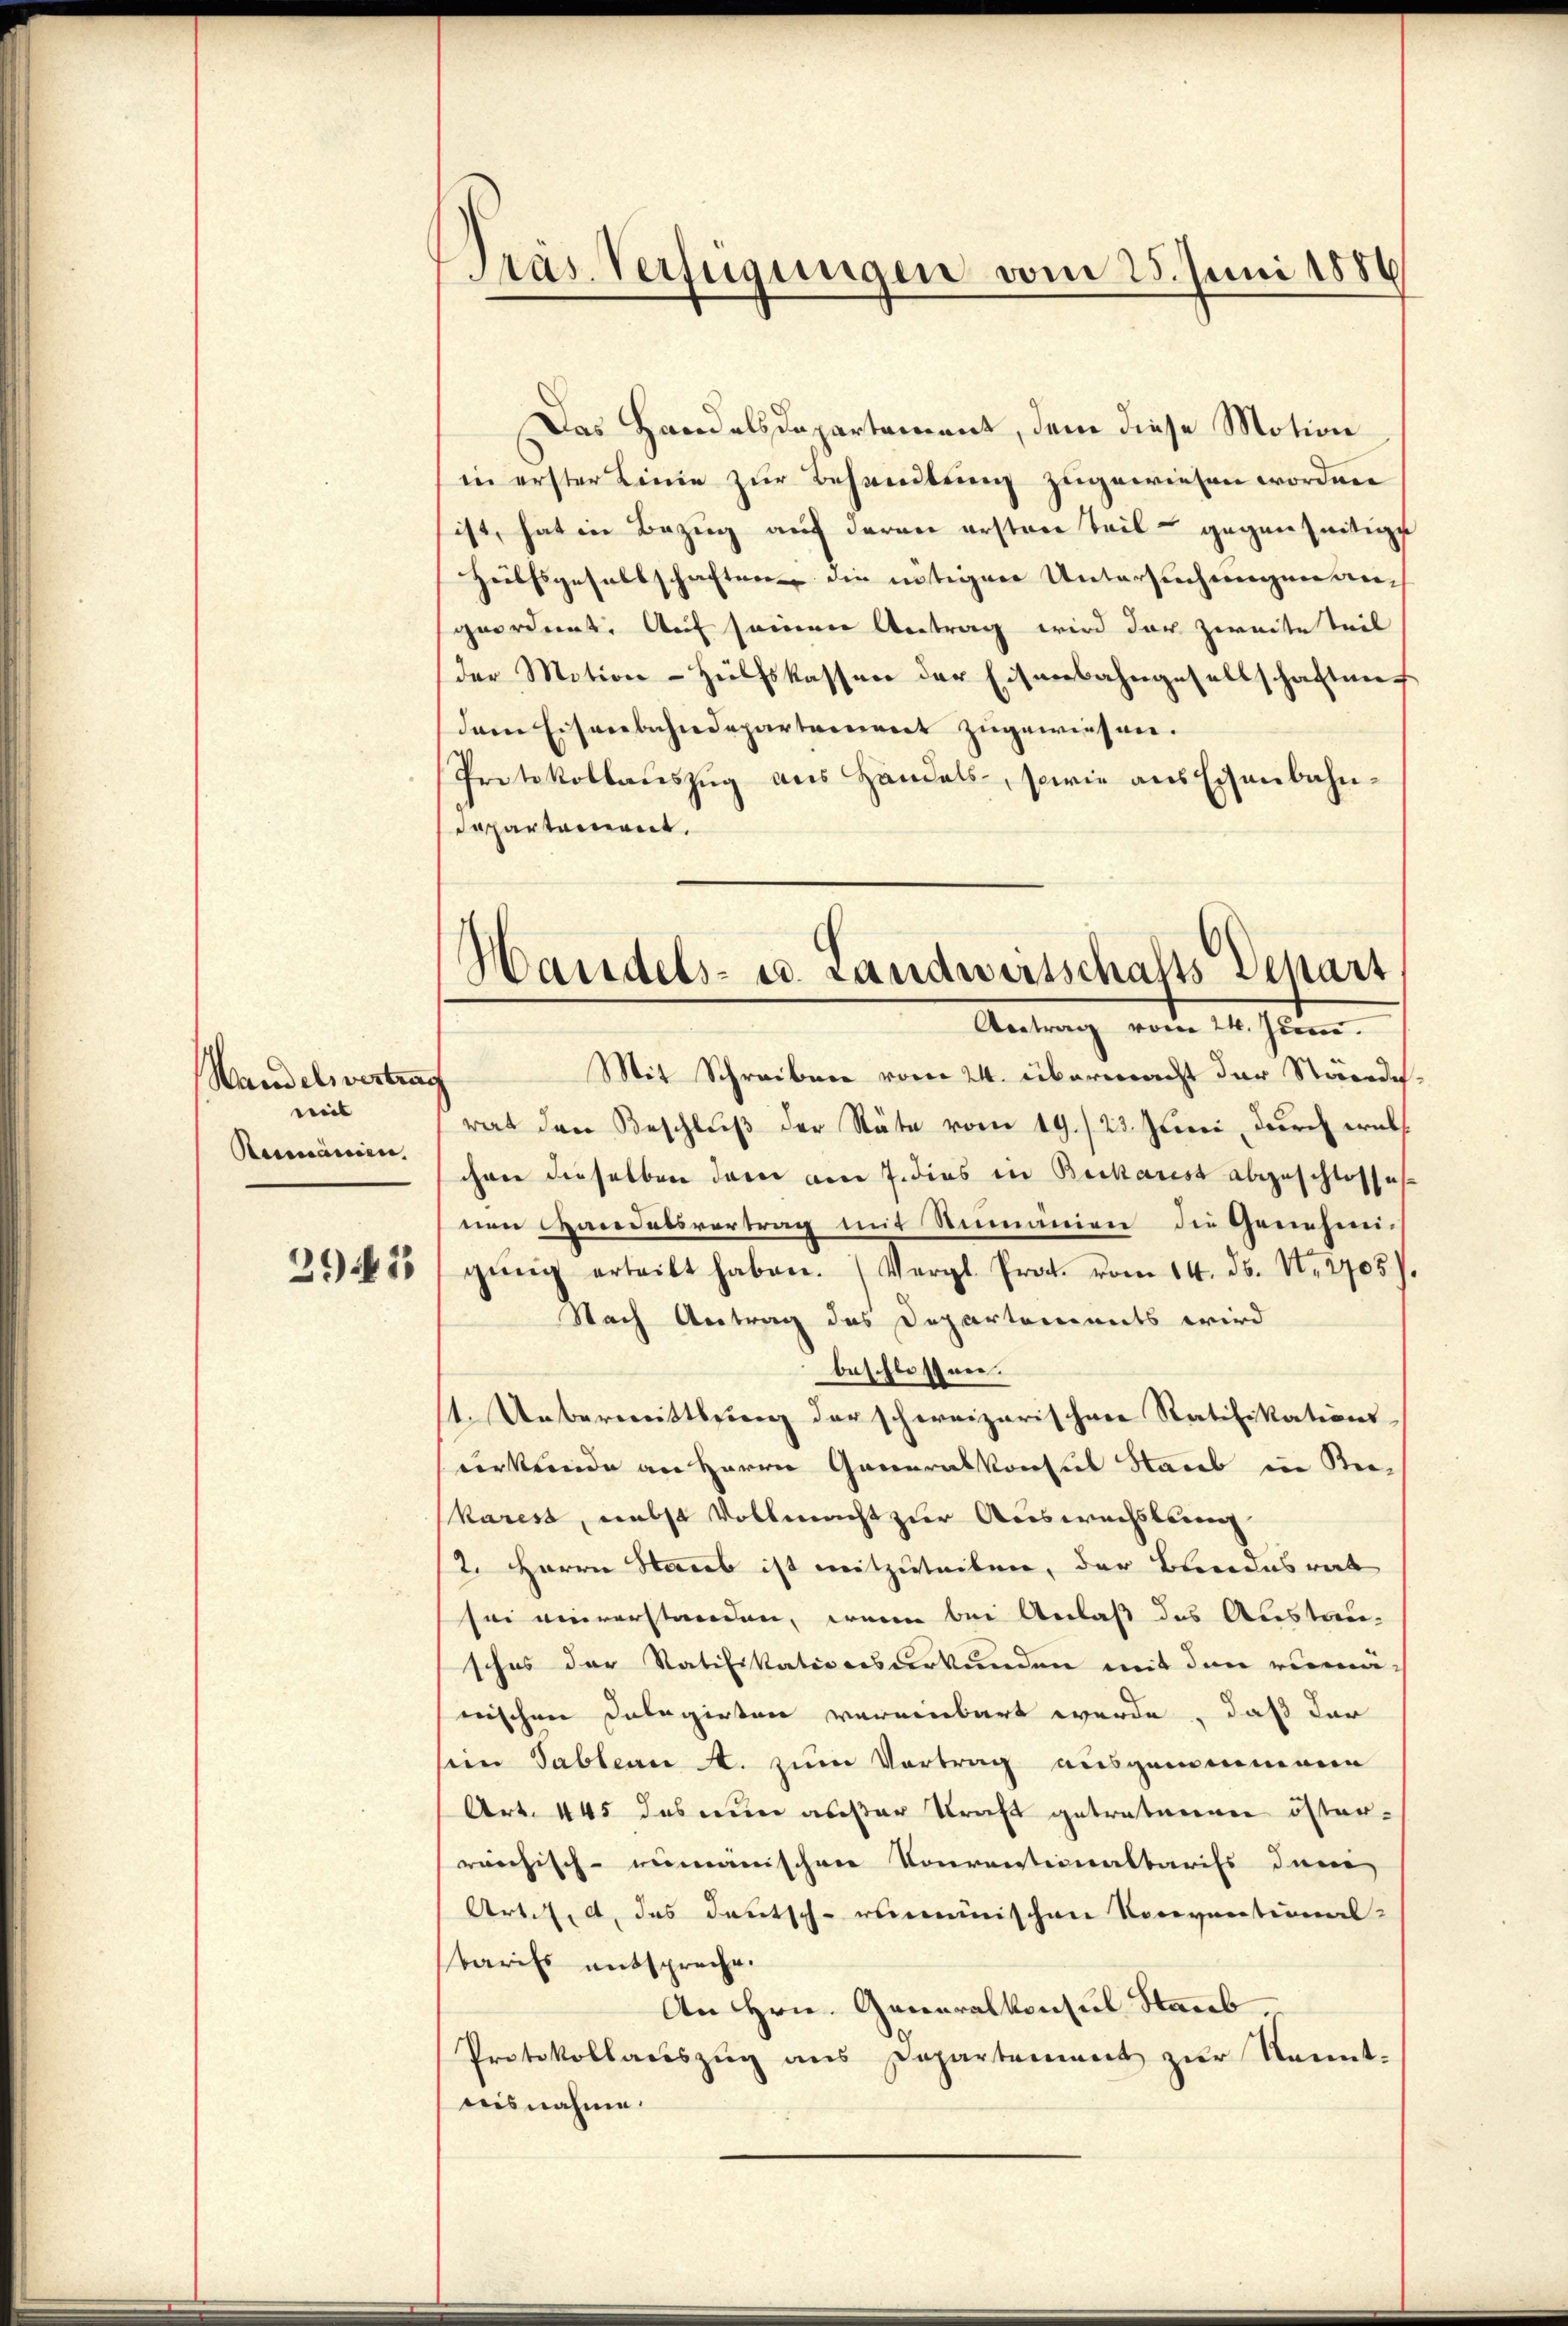
Handelsvertrag
mit
Rumänien.

39441

Pras. Verfügungen vom 25. Juni 1886

Das Handelsdepartement, dem diese Motion
in erster Linie zur Behandlung zugewiesen worden
ist, hat in Bezug auf deren ersten Teil gegenseitige
Hülfsgesellschaften die intigen Untersuchungen angeordnet. Auf seinen Antrag wird der zweite Teil
der Motion Hülfskassen der Eisenbahngesellschaftung
dem Eisenbahndepartement zugewiesen.
Protokollauszug aus Handels, sowie aus Eisenbahndepartament.
Mit Schreiben vom 24. übermacht der Standes-
rat den Beschluß der Stäte vom 19./23. Juni durch wil
chen dieselben dem am 7. dies in Beckarist abgeschlosses
nen Handelsvertrag mit Rumanien die Genehmigŭng erteilt haben. (Vergl. Prot. vom 14. ds. N. 2705.)
Nach Antrag des Departements wird
beschlossen.
1. Uebermittspreng der schweizerischen Ratifikations-
derkende an Herrn Generalkonsul Staub in Kerkarest, nebst Vollmacht zur Auswechslung
2. Herrn Staub ist mitzuteilen, der Bundesrat
sei einverstanden, wenn bei Anlaß des Austau-
sches der Ratifikationsurkunden mit den rimä-
nischen Delegirten vereinbart werde, daß der
sein Tableau A. zum Vortrag ausgemeinenen
Art. 445 das nun außer Kraft getretenen österreichisch-rumanischen Konventionaltarifs dem
Artikel, das Deutsch-rominischen Vorventional-
baris entspreche.
An Hrn. Generalkonsul Staub,
Protokollauszug aus Departement zur Kenntaisnahme.

Handels- u. Landwirtschafts Depart
Antrag vom 24. Juni.